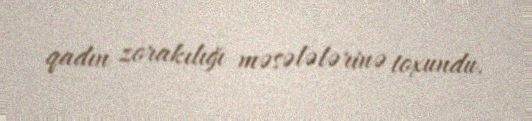
qadın zorakılığı məsələlərinə toxundu.